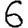
Digit: 6